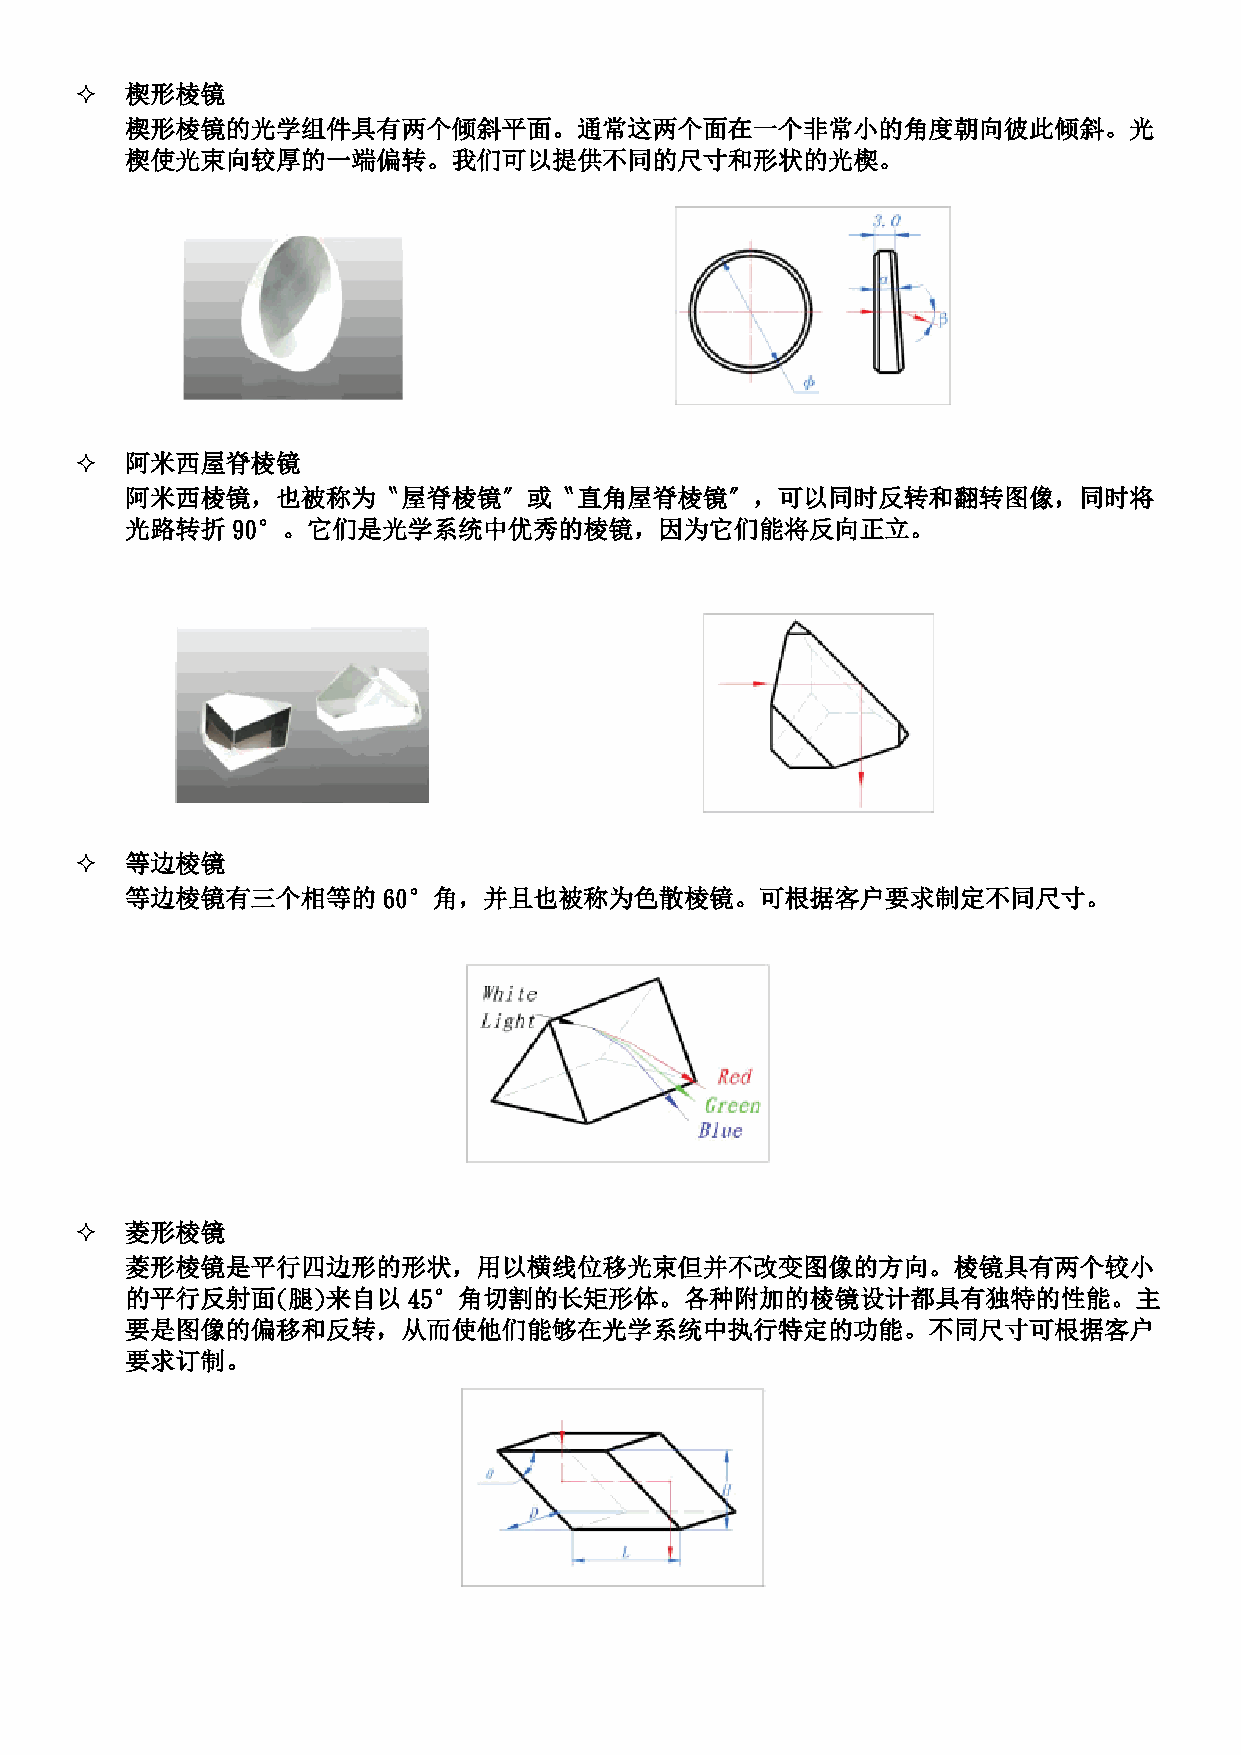
  楔形棱镜
 楔形棱镜的光学组件具有两个倾斜平面。通常这两个面在一个非常小的角度朝向彼此倾斜。光
 楔使光束向较厚的一端偏转。我们可以提供不同的尺寸和形状的光楔。
   阿米西屋脊棱镜
 阿米西棱镜，也被称为〝屋脊棱镜〞或〝直角屋脊棱镜〞，可以同时反转和翻转图像，同时将
 光路转折   90°。它们是光学系统中优秀的棱镜，因为它们能将反向正立。
   等边棱镜
 等边棱镜有三个相等的       60°角，并且也被称为色散棱镜。可根据客户要求制定不同尺寸。
   菱形棱镜
 菱形棱镜是平行四边形的形状，用以横线位移光束但并不改变图像的方向。棱镜具有两个较小
 的平行反射面(腿)来自以       45°角切割的长矩形体。各种附加的棱镜设计都具有独特的性能。主
 要是图像的偏移和反转，从而使他们能够在光学系统中执行特定的功能。不同尺寸可根据客户
 要求订制。